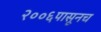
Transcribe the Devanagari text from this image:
२००६पासूनच